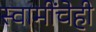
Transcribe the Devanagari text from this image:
स्वामींचेही